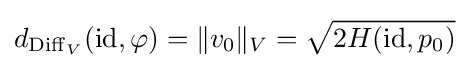
d_{\mathrm {Diff} _{V}}(\operatorname {id} ,\varphi )=\|v_{0}\|_{V}={\sqrt {2H(\operatorname {id} ,p_{0})}}